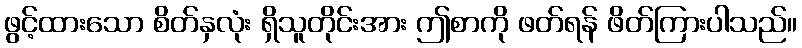
ဖွင့်ထားသော စိတ်နှလုံး ရှိသူတိုင်းအား ဤစာကို ဖတ်ရန် ဖိတ်ကြားပါသည်။